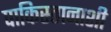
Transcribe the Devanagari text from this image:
पाकिस्तानाशी